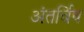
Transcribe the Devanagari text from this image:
अंतर्विष